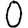
Digit: 0